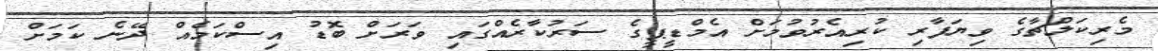
މެރިކަލްޗާގެ ވިޔަފާރި ކުރިއެރުވުމަށް އެމްޑީޕީގެ ސަރުކާރެއްގައި ވަރަށް ބޮޑު އިސްކަމެއް ދޭނެ ކަމަށް